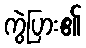
ကွဲပြား၏